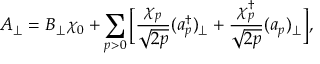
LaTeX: A _ { \perp } = B _ { \perp } \chi _ { 0 } + \sum _ { p > 0 } \bigg [ \frac { \chi _ { p } } { \sqrt { 2 p } } ( a _ { p } ^ { \dagger } ) _ { \perp } + \frac { \chi _ { p } ^ { \dagger } } { \sqrt { 2 p } } ( a _ { p } ) _ { \perp } \bigg ] ,